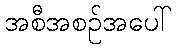
အစီအစဉ်အပေါ်